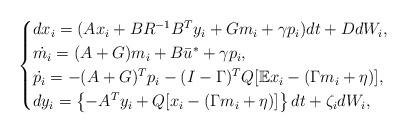
LaTeX: \begin{align*}\begin{cases}dx_i =( Ax_i +BR^{-1}B^Ty_i +G m_i+\gamma p_i) dt +D dW_i,\\ \dot{m_i} = (A + G) m_i +B\bar u^* +\gamma p_i,\\ \dot{p_i} = -(A+G)^T p_i -(I-\Gamma)^T Q [\mathbb{E}x_i- (\Gamma m_i+\eta)] ,\\dy_i=\left\{-A^T y_i +Q[x_i-(\Gamma m_i+\eta)]\right\} dt +\zeta_i dW_i, \end{cases}\end{align*}